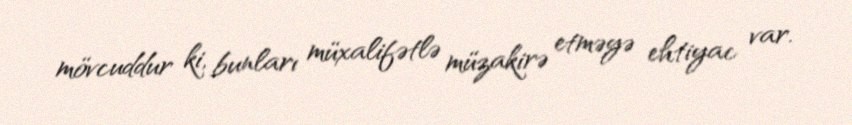
mövcuddur ki, bunları müxalifətlə müzakirə etməyə ehtiyac var.